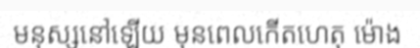
មនុស្សនៅឡើយ មុនពេលកើតហេតុ ម៉ោង